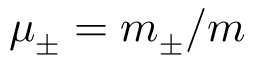
\mu _ { \pm } = m _ { \pm } / m